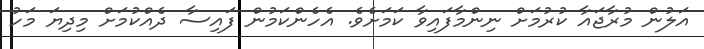
އަލުން މުރާޖައާ ކުރުމަށް ނިންމާފައިވާ ކަމަށެވެ. އެހެންކަމުން ފައިސާ ދެއްކުމަށް މިދިޔަ މަހު